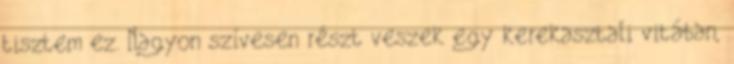
tisztem ez. Nagyon szívesen részt veszek egy kerekasztali vitában,